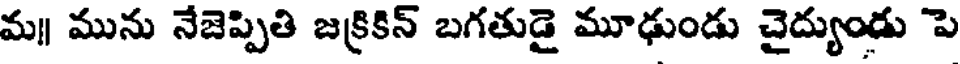
మ॥ మును నేజెప్పితి జక్రికిన్ బగతుడై మూఢుండు చైద్యుండు పె